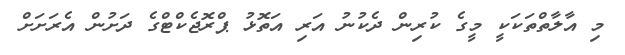
މި އާލާތްތަކަކީ މީގެ ކުރިން ދެކުނު އަރި އަތޮޅު ޕްރޮޖެކްޓްގެ ދަށުން އެރަށަށް